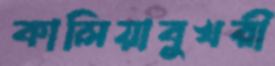
কালিয়াবুখরী